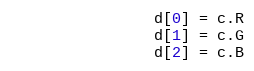
Language: Go
				d[0] = c.R
				d[1] = c.G
				d[2] = c.B